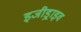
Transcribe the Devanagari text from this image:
इजीड्राइव